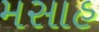
મસાહ